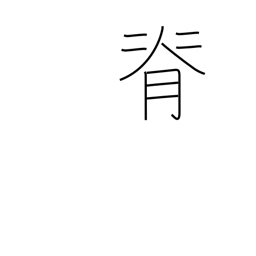
Meaning: stature